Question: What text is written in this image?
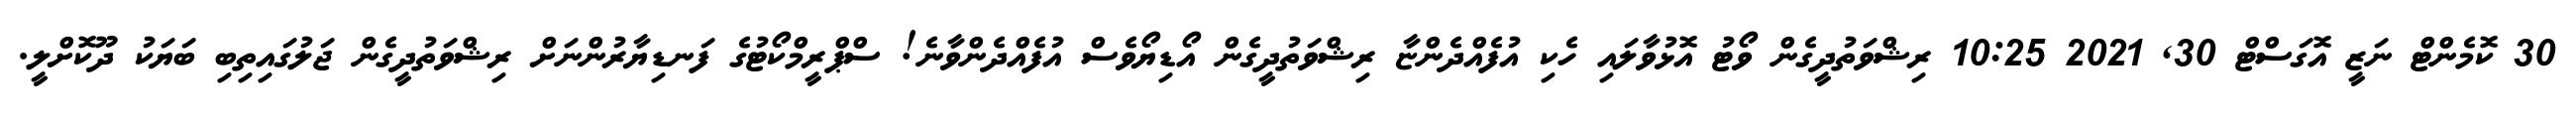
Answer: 30 ކޮމެންޓް ނަޒީ އޮގަސްޓް 30, 2021 10:25 ރިޝްވަތުދީގެން ވޯޓު އޮޅުވާލައި ހެކި އުފެއްދެންޏާ ރިޝްވަތުދީގެން އޯޑިޔޯވެސް އުފެއްދެންވާނެ! ސްޕްރީމްކޯޓުގެ ފަނޑިޔާރުންނަށް ރިޝްވަތުދީގެން ޖަލުގައިތިބި ބަޔަކު ދޫކޮށްލީ.